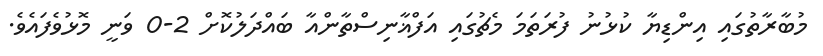
މުބާރާތުގައި އިންޑިޔާ ކުޅުނު ފުރަތަމަ މެޗުގައި އަފްޣާނިސްތާންއާ ބައްދަލުކޮށް 2-0 ވަނީ މޮޅުވެފައެވެ.